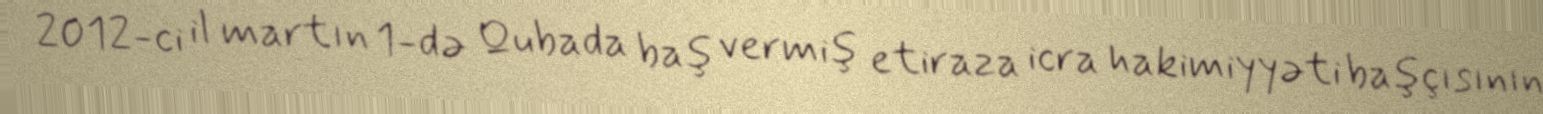
2012-ci il martın 1-də Qubada baş vermiş etiraza icra hakimiyyəti başçısının